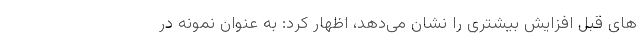
های قبل افزایش بیشتری را نشان می‌دهد، اظهار کرد: به عنوان نمونه در